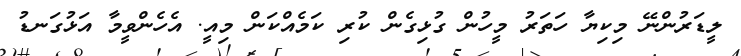
ލީޑަރުންނޭ މިކިޔާ ހަތަރު މީހުން ގުޅިގެން ކުރި ކަމެއްކަން މިއީ. އެހެންވީމާ އަޅުގަނޑު